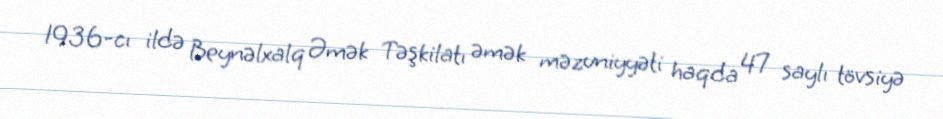
1936-cı ildə Beynəlxalq Əmək Təşkilatı əmək məzuniyyəti haqda 47 saylı tövsiyə